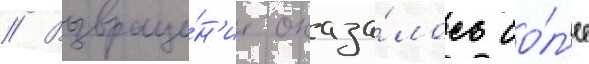
// Возвраще́н'ие оказа́лось бо́л'ее